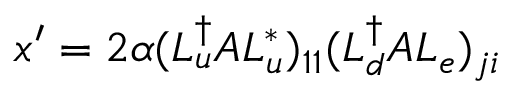
x ^ { \prime } = 2 \alpha ( L _ { u } ^ { \dag } { \cal A } L _ { u } ^ { * } ) _ { 1 1 } ( L _ { d } ^ { \dag } { \cal A } L _ { e } ) _ { j i }